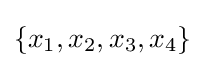
\{x_{1},x_{2},x_{3},x_{4}\}